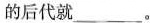
的后代就___。